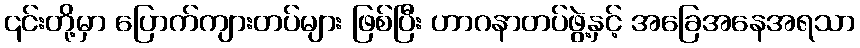
၎င်းတို့မှာ ပြောက်ကျားတပ်များ ဖြစ်ပြီး ဟာဂနာတပ်ဖွဲ့နှင့် အခြေအနေအရသာ